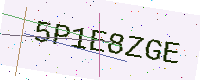
Text: 5P1E8ZGE